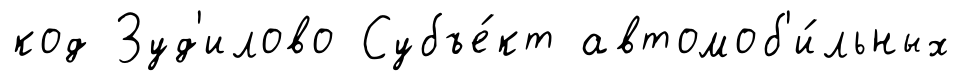
код Зуд'илово Субъе́кт автомоб'и́льных